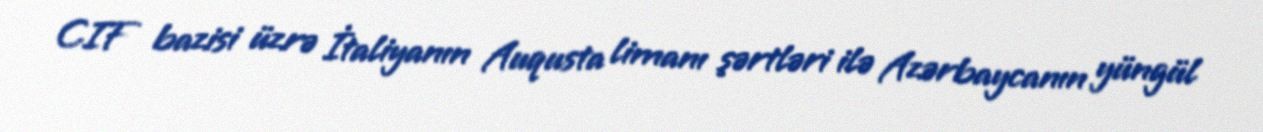
CIF bazisi üzrə İtaliyanın Auqusta limanı şərtləri ilə Azərbaycanın yüngül